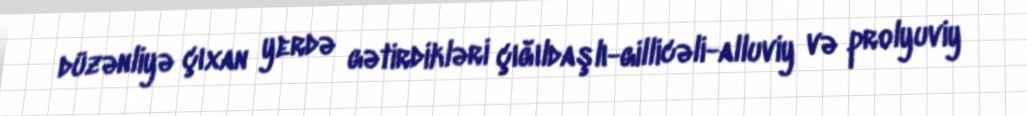
düzənliyə çıxan yerdə gətirdikləri çığıldaşlı-gillicəli-alluviy və prolyuviy